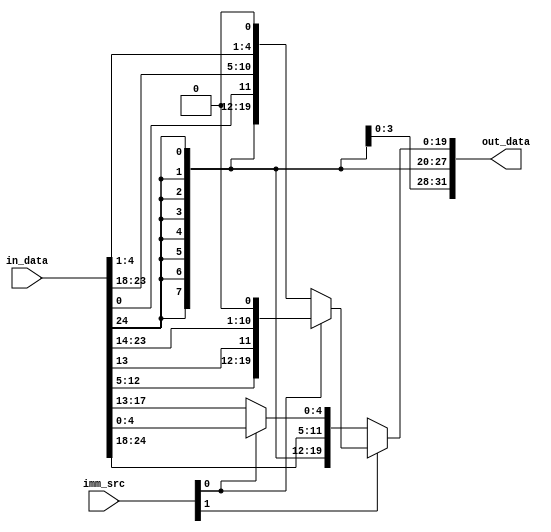
`timescale 1ns / 1ps
//////////////////////////////////////////////////////////////////////////////////
// Company: Personal project
// 
// Design Name: 
// Module Name: imm_ext_multi
// Project Name: RISC-V core
// Target Devices: 
// Tool Versions: 
// Description: 
// 
// Dependencies: 
// 
// Revision:
// Revision 0.01 - File Created
// Additional Comments:
// 
//////////////////////////////////////////////////////////////////////////////////

module imm_ext_multi (
    // Inputs
    input [24:0] in_data,
    input [1:0] imm_src,
    
    // Outputs
    output [31:0] out_data
);

    assign out_data = {imm_src[1] == 1'b1} ? {{imm_src[0] == 1'b1} ? {{12{in_data[24]}}, in_data[12:5], in_data[13], in_data[23:14], 1'b0} : {{20{in_data[24]}}, in_data[0], in_data[23:18], in_data[4:1], 1'b0}} : {{{imm_src[0] == 1'b1} ? {{20{in_data[24]}}, in_data[24:18], in_data[4:0]} : {{20{in_data[24]}}, in_data[24:13]}}};

endmodule